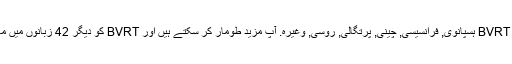
واپسی کے طور پر ، ہم کی مخفف کا ترجمہ کیا ہے BVRT ہسپانوی, فرانسیسی, چینی, پرتگالی, روسی, وغیرہ. آپ مزید طومار کر سکتے ہیں اور BVRT کو دیگر 42 زبانوں میں معنی تلاش کرنے کے لیے زبان مینیو پر کلک کریں ۔